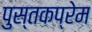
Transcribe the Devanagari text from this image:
पुस्तकप्रेम